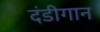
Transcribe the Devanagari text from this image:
दंडीगान